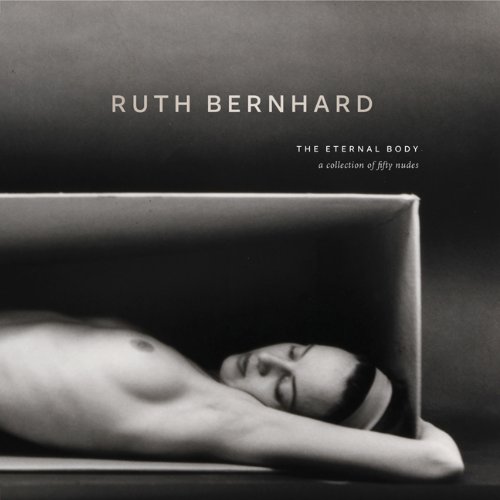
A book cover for Ruth Bernhard: The Eternal Body: A Collection of Fifty Nudes; Ruth Bernhard; Arts & Photography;